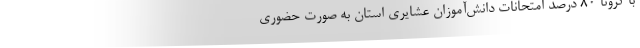
با کرونا ۸۰ درصد امتحانات دانش‌آموزان عشایری استان به صورت حضوری